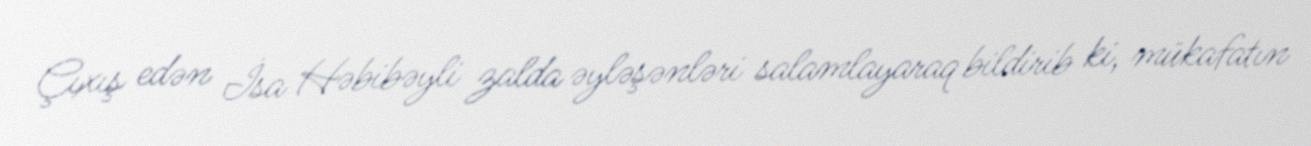
Çıxış edən İsa Həbibəyli zalda əyləşənləri salamlayaraq bildirib ki, mükafatın